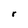
Character: r